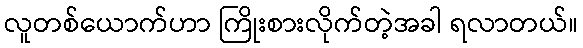
လူတစ်ယောက်ဟာ ကြိုးစားလိုက်တဲ့အခါ ရလာတယ်။